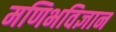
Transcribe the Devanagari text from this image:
मणिभविज्ञान